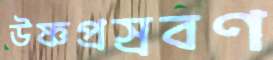
উষ্ণপ্রস্রবণ